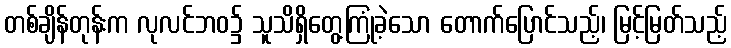
တစ်ချိန်တုန်းက လုလင်ဘဝ၌ သူသိရှိတွေ့ကြုံခဲ့သော တောက်ပြောင်သည့်၊ မြင့်မြတ်သည့်